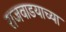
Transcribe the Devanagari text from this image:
राजवाडयाच्या